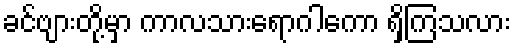
ခင်ဗျားတို့မှာ ကာလသားရောဂါကော ရှိကြသလား